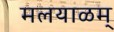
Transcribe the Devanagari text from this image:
मलयाळम्